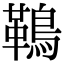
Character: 䳬